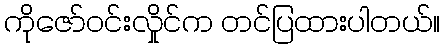
ကိုဇော်ဝင်းလှိုင်က တင်ပြထားပါတယ်။